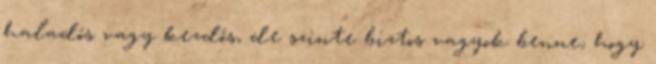
haladós vagy kezdős, de szinte biztos vagyok benne, hogy